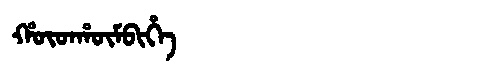
Manchu: ᡥᡡᡨᡥᡡᠮᠪᡳᡥᡝ
Romanization: HŪTHŪMBIHE